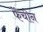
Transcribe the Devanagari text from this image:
फेंचीन